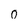
Character: 0